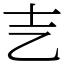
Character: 㐊